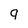
Character: q